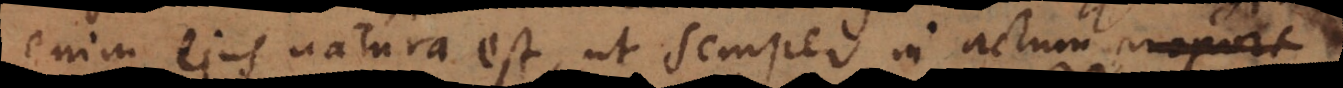
enim ejus natura est, ut semper in actum